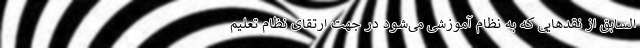
السابق از نقدهایی که به نظام آموزشی می‌شود در جهت ارتقای نظام تعلیم